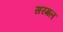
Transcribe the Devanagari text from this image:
सरमल